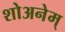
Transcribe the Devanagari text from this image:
शोअनेम्